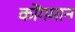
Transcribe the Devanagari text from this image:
कोंगमान